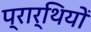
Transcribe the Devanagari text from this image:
प्रार्थियों